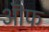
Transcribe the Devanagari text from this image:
ऒफ